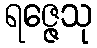
ရဇ္ဇေသု